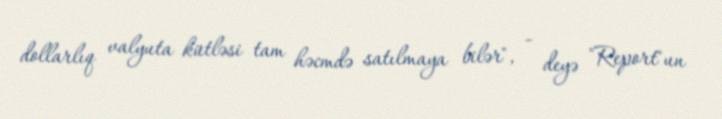
dollarlıq valyuta kütləsi tam həcmdə satılmaya bilər", - deyə "Report"un